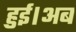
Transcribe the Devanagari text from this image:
हुई।अब